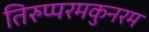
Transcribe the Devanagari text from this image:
तिरुप्परमकुनरम